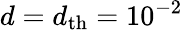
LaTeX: d=d_{\mathrm{th}}=10^{-2}